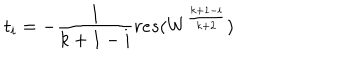
LaTeX: t _ { i } = - \frac { 1 } { k + 1 - i } r e s ( W ^ { \frac { k + 1 - i } { k + 2 } } )